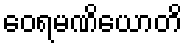
ဝေရမဏိယောတိ